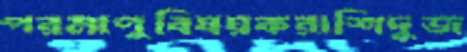
পরমাণুবিষয়করাশিদুজ